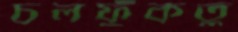
চলফুঁকতু